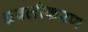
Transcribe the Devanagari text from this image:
धवलीकरण